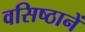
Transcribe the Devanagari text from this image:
वसिष्ठानें